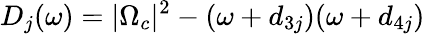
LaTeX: D_{j}(\omega)=|\Omega_{c}|^{2}-(\omega+d_{3j})(\omega+d_{4j})